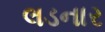
લડનાર